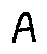
A